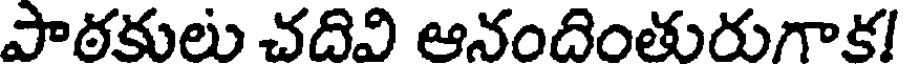
పాఠకులు చదివి ఆనందింతురుగాక!